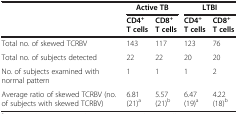
| <ROWSPAN=2>  | <COLSPAN=2> Active TB | <COLSPAN=2> LTBI |
 | CD4+ T cells | CD8+ T cells | CD4+ T cells | CD8+ T cells |
 | --- | --- | --- | --- | --- |
 | Total no. of skewed TCRBV | 143 | 117 | 123 | 76 |
 | Total no. of subjects detected | 22 | 22 | 20 | 20 |
 | No. of subjects examined with normal pattern | 1 | 1 | 1 | 2 |
 | Average ratio of skewed TCRBV (no. of subjects with skewed TCRBV) | 6.81 (21)a | 5.57 (21)b | 6.47 (19)a | 4.22 (18)b |